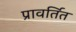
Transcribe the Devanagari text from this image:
प्रावर्तित